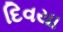
દિવયા